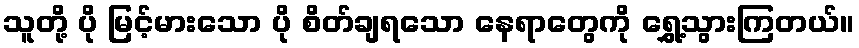
သူတို့ ပို မြင့်မားသော ပို စိတ်ချရသော နေရာတွေကို ရွှေ့သွားကြတယ်။